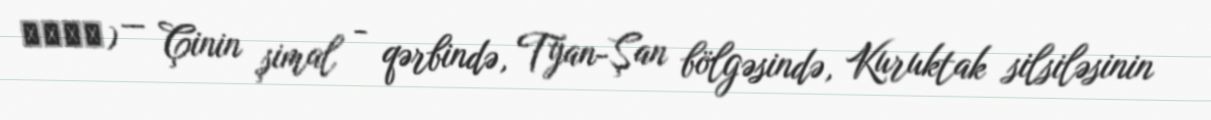
博斯騰湖) — Çinin şimal - qərbində, Tyan-Şan bölgəsində, Kuruktak silsiləsinin